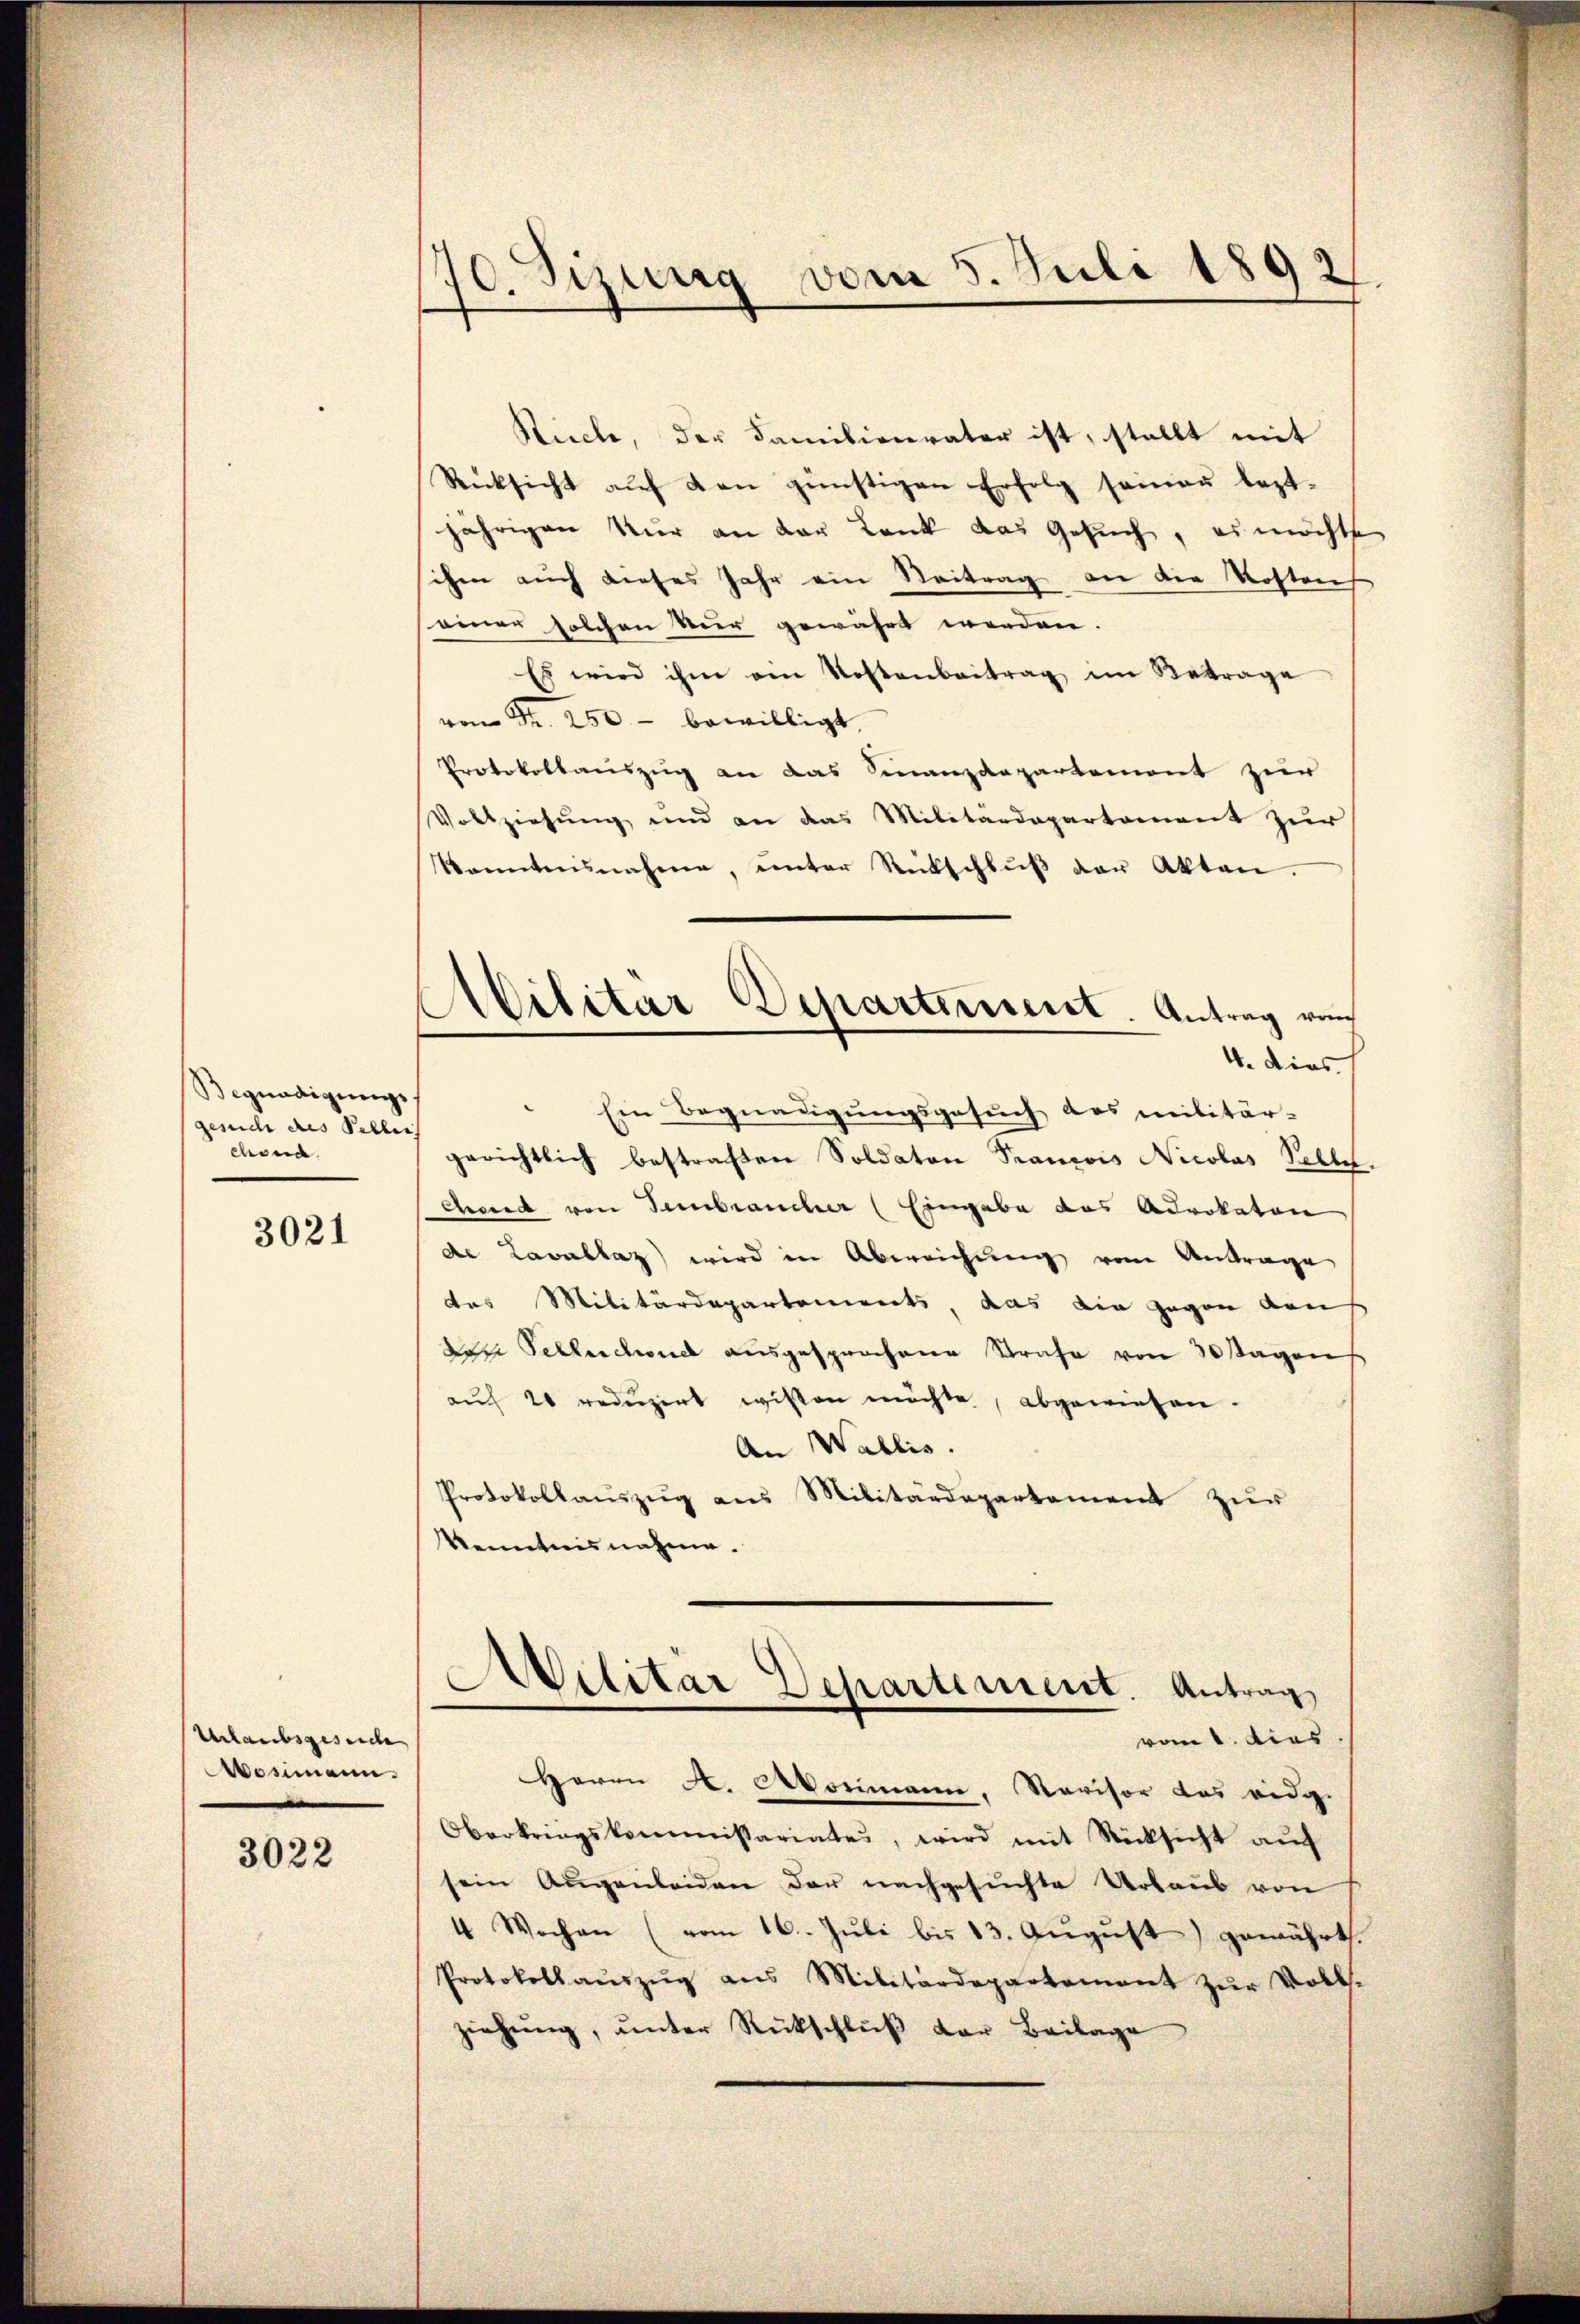
Begnadigungs-
gesuch des Pellei
choua

3021

Urlaubsgesuche
osimann.

3022

70. Sizung vom 5. Juli 1893

Ricche, der Familienvater ist, stellt mit
Rücksicht auf den günstigen Erfolg seiner leztjährigen Nur an der Lank das Gesuch, es möchten
ihm auch dieses Jahr ein Beitrag an die Kosten
seiner solchen Nur gewährt werden.
Es wird ihm ein Kostenbeitrag im Betrage
von Fr. 250 bewilligt.
Protokollauszug an das Finanzdepartemont zur
Vollziehŭng und an das Militärdepartament zŭr
kanntnisnahme, ŭnter Rückschlŭβ der Akten.
E
Militar Departement. Antrag von
4. dies
Ein Begnadigungsgesuch das militär-
gerichtlich bestrafen Soldaten Prancois Nicolas Pelle.
cheid von Sembraucher (Eingabe das Advokaton
de Lavallaz) wird in Abereichung vom Antrage
das Militärdepartements, das die gegen den
ven Selleichviel aŭsgesprochene Strafe von 20 sagen
aŭf 20 redŭzirt wissen möchte, abgewiesen.
An Wallis.
Protokollauszug aus Militärdepartement zur
Kenntnisnahme.

Ailitar Departement. Antrag
vom 6. dies

Herrn A. Morimann, Revisor das eidg.
Oberkriegskommissariater, wird mit Rücksicht aŭf
sein Augenleiden der nachgesuchte Urlaub von
4 Wochen (vom 16. Jŭli bis 13. Aŭgŭst) gewährt.
Protokollaŭszŭg ans Militärdepartement zŭr Volls-
ziehŭng ŭnter Rückschlŭβ der Beilage